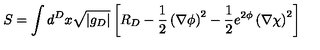
S = \int d ^ { D } x \sqrt { | g _ { D } | } \left[ R _ { D } - \frac { 1 } { 2 } \left( \nabla \phi \right) ^ { 2 } - \frac { 1 } { 2 } e ^ { 2 \phi } \left( \nabla \chi \right) ^ { 2 } \right]